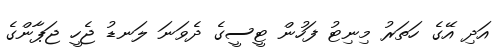
އަދި އޭގެ ހަތަރު މިނިޓު ފަހުން ޓީސީގެ ދެވަނަ ލަނޑު ޖެހީ ޖަޕާންގެ